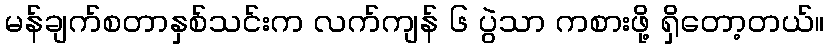
မန်ချက်စတာနှစ်သင်းက လက်ကျန် ၆ ပွဲသာ ကစားဖို့ ရှိတော့တယ်။